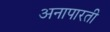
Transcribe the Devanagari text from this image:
अनापारती